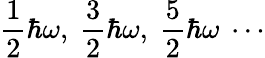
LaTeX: {\frac{1}{2}}\hbar\omega,\ {\frac{3}{2}}\hbar\omega,\ {\frac{5}{2}}\hbar\omega\ \cdots